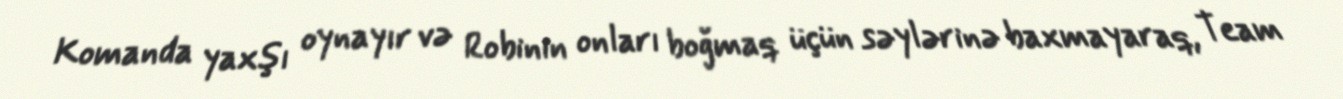
Komanda yaxşı oynayır və Robinin onları boğmaq üçün səylərinə baxmayaraq, Team